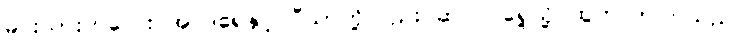
မင်းသားကလေး အင်ဒရေနှင့် ပီယာတို့လည်း ဆင်ဝင်ရှေ့သို့ ထွက်လာကြသည်။